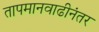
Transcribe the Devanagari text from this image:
तापमानवाढीनंतर